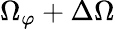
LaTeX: \Omega_{\varphi}+\Delta\Omega